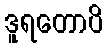
ဒူရတောပိ